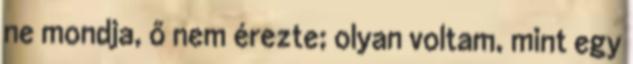
ne mondja, ő nem érezte; olyan voltam, mint egy